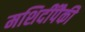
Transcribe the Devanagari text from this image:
मशिदींपैकी